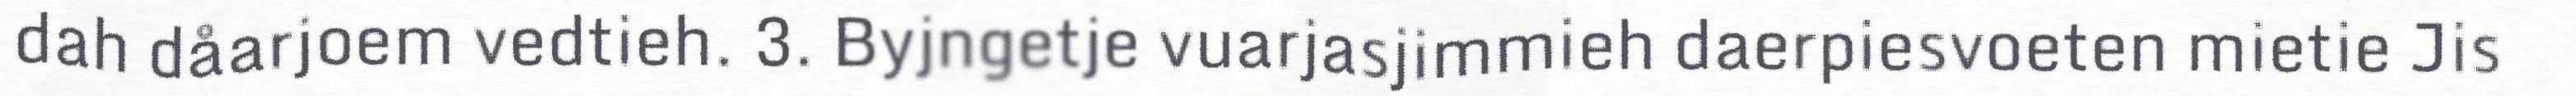
dah dåarjoem vedtieh. 3. Byjngetje vuarjasjimmieh daerpiesvoeten mietie Jis